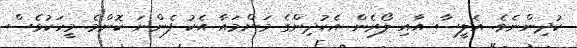
ކުދިންނެވެ. އެލީސާ އާއި ލޯރެން އެކުދިންގެ މަންމައާ އެކު ފެންނަ ކޮންމެ މީހަކުވެސް